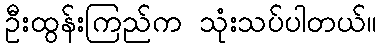
ဦးထွန်းကြည်က သုံးသပ်ပါတယ်။